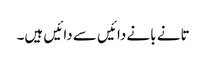
تانے بانے دائیں سے دائیں ہیں۔